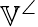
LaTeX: \mathbb{V}^{\angle}